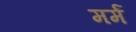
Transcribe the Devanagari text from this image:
मर्मं